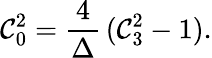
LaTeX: \mathcal{C}_{0}^{2}={\frac{{4}}{{\Delta}}}\, (\mathcal{C}_{3}^{2}-1).